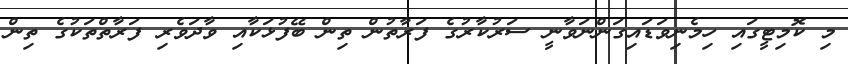
މި ކޮމިޓީގައި ހިމެނިވަޑައިގަންނަވާނީ ސަރުކާރުގެ ފަރާތުން ތިން ބޭފުޅަކާއި ވާދަވެރި ފަރާތްތަކުގެ ތިން